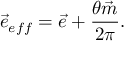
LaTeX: \vec { e } _ { e f f } = \vec { e } + \frac { \theta \vec { m } } { 2 \pi } .